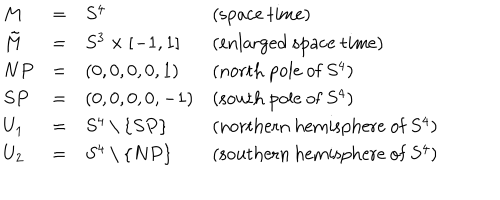
LaTeX: \begin{array} { l c l l } { { M } } & { { = } } & { { S ^ { 4 } } } & { { ( \mathrm { s p a c e ~ t i m e } ) } } \\ { { \tilde { M } } } & { { = } } & { { S ^ { 3 } \times [ - 1 , 1 ] } } & { { ( \mathrm { e n l a r g e d ~ s p a c e ~ t i m e } ) } } \\ { { N P } } & { { = } } & { { ( 0 , 0 , 0 , 0 , 1 ) } } & { { ( \mathrm { n o r t h ~ p o l e ~ o f ~ } S ^ { 4 } ) } } \\ { { S P } } & { { = } } & { { ( 0 , 0 , 0 , 0 , - 1 ) } } & { { ( \mathrm { s o u t h ~ p o l e ~ o f ~ } S ^ { 4 } ) } } \\ { { U _ { 1 } } } & { { = } } & { { S ^ { 4 } \setminus \{ S P \} } } & { { ( \mathrm { n o r t h e r n ~ h e m i s p h e r e ~ o f ~ } S ^ { 4 } ) } } \\ { { U _ { 2 } } } & { { = } } & { { S ^ { 4 } \setminus \{ N P \} } } & { { ( \mathrm { s o u t h e r n ~ h e m i s p h e r e ~ o f ~ } S ^ { 4 } ) } } \\ \end{array}